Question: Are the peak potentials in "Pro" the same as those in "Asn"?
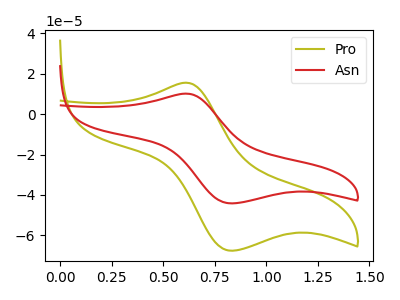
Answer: <think>The olive curve "Pro" has an anodic peak at (0.60V, 15.60uA) and a cathodic peak at (0.85V, -67.70uA). The red curve "Asn" has an anodic peak at (0.60V, 10.15uA) and a cathodic peak at (0.85V, -44.20uA).</think>
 <answer>Yes, "Pro" have a peak in "Asn" at the same potential.</answer>
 <eval>match</eval>